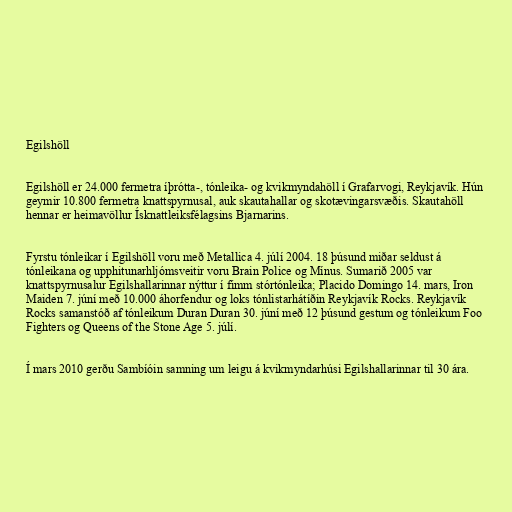
Egilshöll

Egilshöll er 24.000 fermetra íþrótta-, tónleika- og kvikmyndahöll í Grafarvogi, Reykjavík. Hún
geymir 10.800 fermetra knattspyrnusal, auk skautahallar og skotævingarsvæðis. Skautahöll
hennar er heimavöllur Ísknattleiksfélagsins Bjarnarins.

Fyrstu tónleikar í Egilshöll voru með Metallica 4. júlí 2004. 18 þúsund miðar seldust á
tónleikana og upphitunarhljómsveitir voru Brain Police og Mínus. Sumarið 2005 var
knattspyrnusalur Egilshallarinnar nýttur í fimm stórtónleika; Placido Domingo 14. mars, Iron
Maiden 7. júní með 10.000 áhorfendur og loks tónlistarhátíðin Reykjavík Rocks. Reykjavík
Rocks samanstóð af tónleikum Duran Duran 30. júní með 12 þúsund gestum og tónleikum Foo
Fighters og Queens of the Stone Age 5. júlí.

Í mars 2010 gerðu Sambíóin samning um leigu á kvikmyndarhúsi Egilshallarinnar til 30 ára.